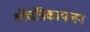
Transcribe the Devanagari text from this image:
श्रीचंडिकायजन